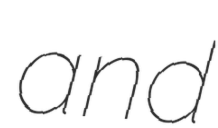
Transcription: and